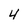
Character: 4